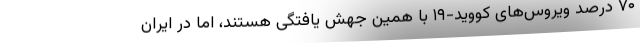
۷۰ درصد ویروس‌های کووید-۱۹ با همین جهش یافتگی هستند، اما در ایران